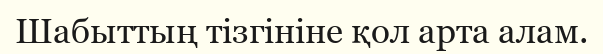
Шабыттың тізгініне қол арта алам.